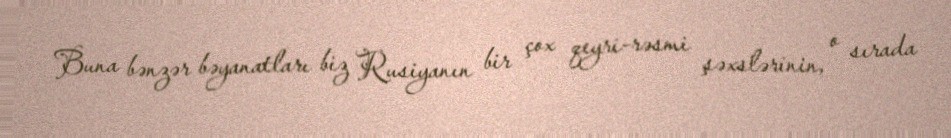
Buna bənzər bəyanatları biz Rusiyanın bir çox qeyri-rəsmi şəxslərinin, o sırada